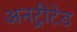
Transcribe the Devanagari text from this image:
अनट्रीटेड